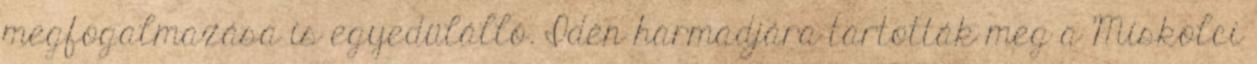
megfogalmazása is egyedülálló. Idén harmadjára tartották meg a Miskolci